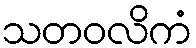
သတဝလိကံ